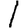
Digit: 1